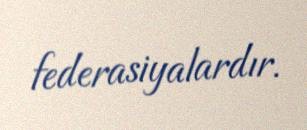
federasiyalardır.